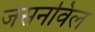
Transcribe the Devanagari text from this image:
जेसनविल